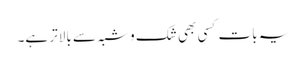
یہ بات کسی بھی شک و شبہ سے بالاتر ہے۔